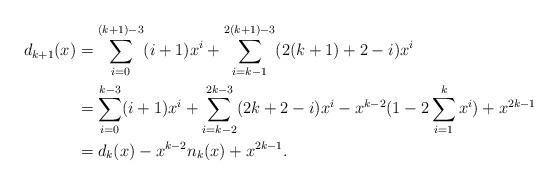
LaTeX: \begin{align*}d_{k+1}(x)&=\sum_{i=0}^{(k+1)-3} (i+1)x^i +\sum_{i=k-1}^{2(k+1)-3} (2(k+1)+2-i)x^i \\&=\sum_{i=0}^{k-3} (i+1)x^i +\sum_{i=k-2}^{2k-3} (2k+2-i)x^i -x^{k-2}(1-2\sum_{i=1}^k x^i)+x^{2k-1} \\&=d_k(x)-x^{k-2}n_k(x)+x^{2k-1}.\end{align*}